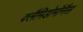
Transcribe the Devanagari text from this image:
क्लैमिडोमॉनैस